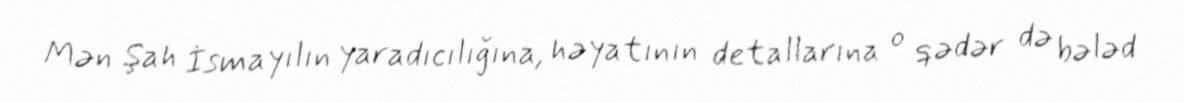
Mən Şah İsmayılın yaradıcılığına, həyatının detallarına o qədər də bələd